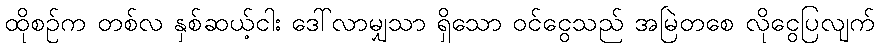
ထိုစဉ်က တစ်လ နှစ်ဆယ့်ငါး ဒေါ်လာမျှသာ ရှိသော ဝင်ငွေသည် အမြဲတစေ လိုငွေပြလျက်